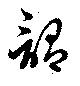
謂